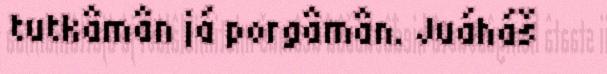
tutkâmân já porgâmân. Juáháš